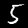
Digit: 5